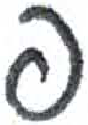
אות: פ